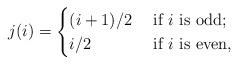
LaTeX: \begin{align*}j(i)=\begin{cases} (i+1)/2 &\hbox{ if $i$ is odd;}\\i/2 &\hbox{ if $i$ is even,}\end{cases}\end{align*}